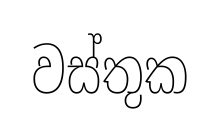
වස්තුක